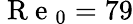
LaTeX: \mathrm{~R~e~}_{0}=79